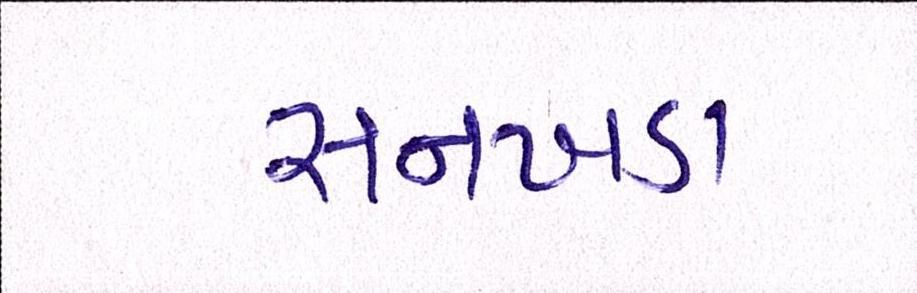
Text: સનખડા